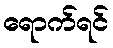
ရောက်ရင်